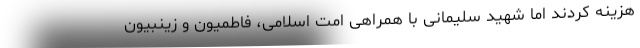
هزینه کردند اما شهید سلیمانی با همراهی امت اسلامی، فاطمیون و زینبیون